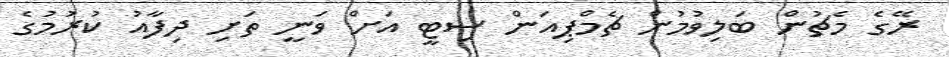
ރޭގެ މެޗުން ބަލިވުމުން ޗެމްޕިއަން ސިޓީ އަށް ވަނީ ތަށި ދިފާއު ކުރުމުގެ